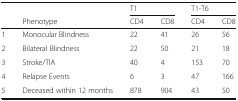
<table><thead><tr><td></td><td></td><td colspan="2"><b>T1</b></td><td colspan="2"><b>T1-T6</b></td></tr><tr><td></td><td><b>Phenotype</b></td><td><b>CD4</b></td><td><b>CD8</b></td><td><b>CD4</b></td><td><b>CD8</b></td></tr></thead><tbody><tr><td>1</td><td>Monocular Blindness</td><td>22</td><td>41</td><td>26</td><td>56</td></tr><tr><td>2</td><td>Bilateral Blindness</td><td>22</td><td>50</td><td>21</td><td>18</td></tr><tr><td>3</td><td>Stroke/TIA</td><td>40</td><td>4</td><td>153</td><td>70</td></tr><tr><td>4</td><td>Relapse Events</td><td>6</td><td>3</td><td>47</td><td>166</td></tr><tr><td>5</td><td>Deceased within 12 months</td><td>878</td><td>904</td><td>43</td><td>50</td></tr></tbody></table>